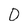
Character: 0